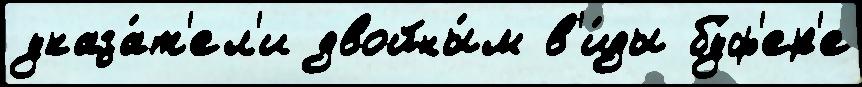
указа́т'ел'и двойны́м в'и́ды бу́ф'ер'е